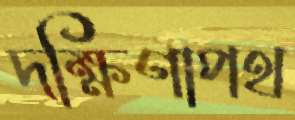
দক্ষিণাপথ